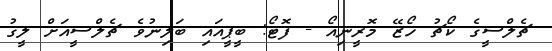
ޗެލްސީގެ ކޯޗު ހޯޒޭ މޮރީނިއޯ - ފޮޓޯ: ބީޕީއައި ބަލިނުވެ ޗެލްސީއަށް ލީގު